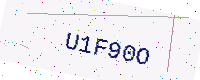
Text: U1F90O